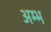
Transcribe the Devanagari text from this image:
अम्भ